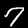
Digit: 7